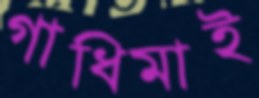
গাধিমাই